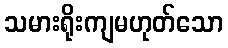
သမားရိုးကျမဟုတ်သော